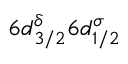
6 d _ { 3 / 2 } ^ { \delta } 6 d _ { 1 / 2 } ^ { \sigma }